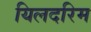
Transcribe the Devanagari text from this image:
यिलदरिम